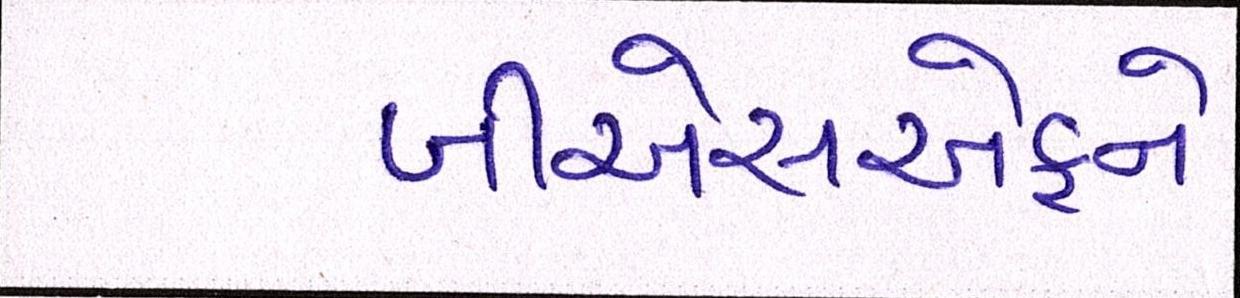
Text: બીએસએફને